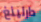
دارلينغ